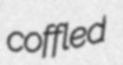
coffled